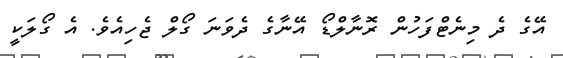
އޭގެ ދެ މިނެޓްފަހުން ރޮނާލްޑޯ އޭނާގެ ދެވަނަ ގޯލް ޖެހިއެވެ. އެ ގޯލަކީ